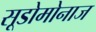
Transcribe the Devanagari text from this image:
सूडोमोनाज